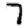
Digit: 7